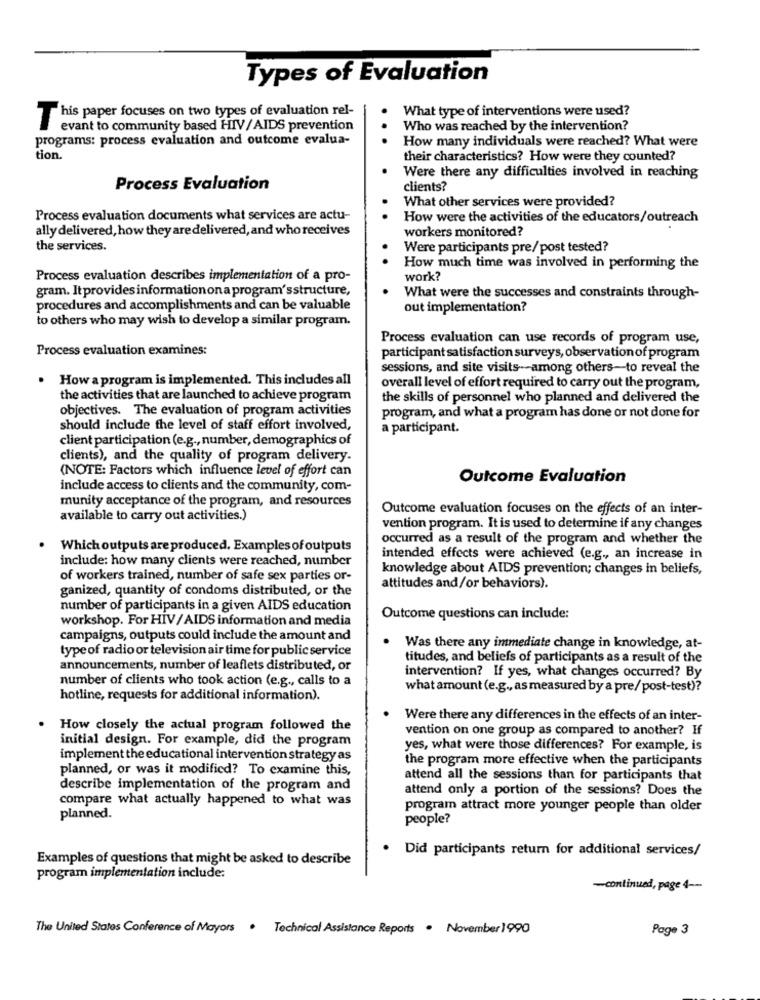
Types of Evaluation
What type of interventions were used?
This paper focuses on two types of evaluation rel-
evant to community based HIV/AIDS prevention
Who was reached by the intervention?
programs: process evaluation and outcome evalua-
How many individuals were reached? What were
tion.
their characteristics? How were they counted?
Were there any difficulties involved in reaching
Process Evaluation
clients?
What other services were provided?
Process evaluation documents what services are actu-
How were the activities of the educators/outreach
ally delivered, how they are delivered, and who receives
workers monitored?
the services.
Were participants pre/post tested?
How much time was involved in performing the
Process evaluation describes implementation of a pro-
work?
gram. It provides informationona program'sstructure,
What were the successes and constraints through-
procedures and accomplishments and can be valuable
out implementation?
to others who may wish to develop a similar program.
Process evaluation can use records of program use,
Process evaluation examines:
participant satisfaction surveys, observation of program
sessions, and site visits -- among others-to reveal the
.
How a program is implemented. This includes all
overall level of effort required to carry out the program,
the activities that are launched to achieve program
the skills of personnel who planned and delivered the
objectives. The evaluation of program activities
program, and what a program has done or not done for
should include the level of staff effort involved,
a participant.
client participation (e.g ., number, demographics of
clients), and the quality of program delivery.
(NOTE: Factors which influence level of effort can
Outcome Evaluation
include access to clients and the community, com-
munity acceptance of the program, and resources
Outcome evaluation focuses on the effects of an inter-
available to carry out activities.)
vention program. It is used to determine if any changes
occurred as a result of the program and whether the
Which outputs are produced. Examples of outputs
include: how many clients were reached, number
intended effects were achieved (e.g ., an increase in
knowledge about AIDS prevention; changes in beliefs,
of workers trained, number of safe sex parties or-
ganized, quantity of condoms distributed, or the
attitudes and/or behaviors).
number of participants in a given AIDS education
workshop. For HIV / AIDS information and media
Outcome questions can include:
campaigns, outputs could include the amount and
type of radio or television air time for public service
Was there any immediate change in knowledge, at-
titudes, and beliefs of participants as a result of the
announcements, number of leaflets distributed, or
intervention? If yes, what changes occurred? By
number of clients who took action (e.g ., calls to a
what amount (e.g ., as measured by a pre/ post-test)?
hotline, requests for additional information).
Were there any differences in the effects of an inter-
How closely the actual program followed the
vention on one group as compared to another? If
initial design. For example, did the program
yes, what were those differences? For example, is
implement the educational intervention strategy as
the program more effective when the participants
planned, or was it modified? To examine this,
attend all the sessions than for participants that
describe implementation of the program and
attend only a portion of the sessions? Does the
compare what actually happened to what was
program attract more younger people than older
planned.
people?
. Did participants return for additional services/
Examples of questions that might be asked to describe
program implementation include:
-continued, page 4 --
The United States Conference of Mayors · Technical Assistance Reports . November 1990
Page 3